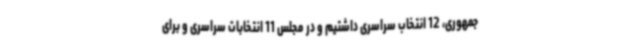
جمهوری، 12 انتخاب سراسری داشتیم و در مجلس 11 انتخابات سراسری و برای